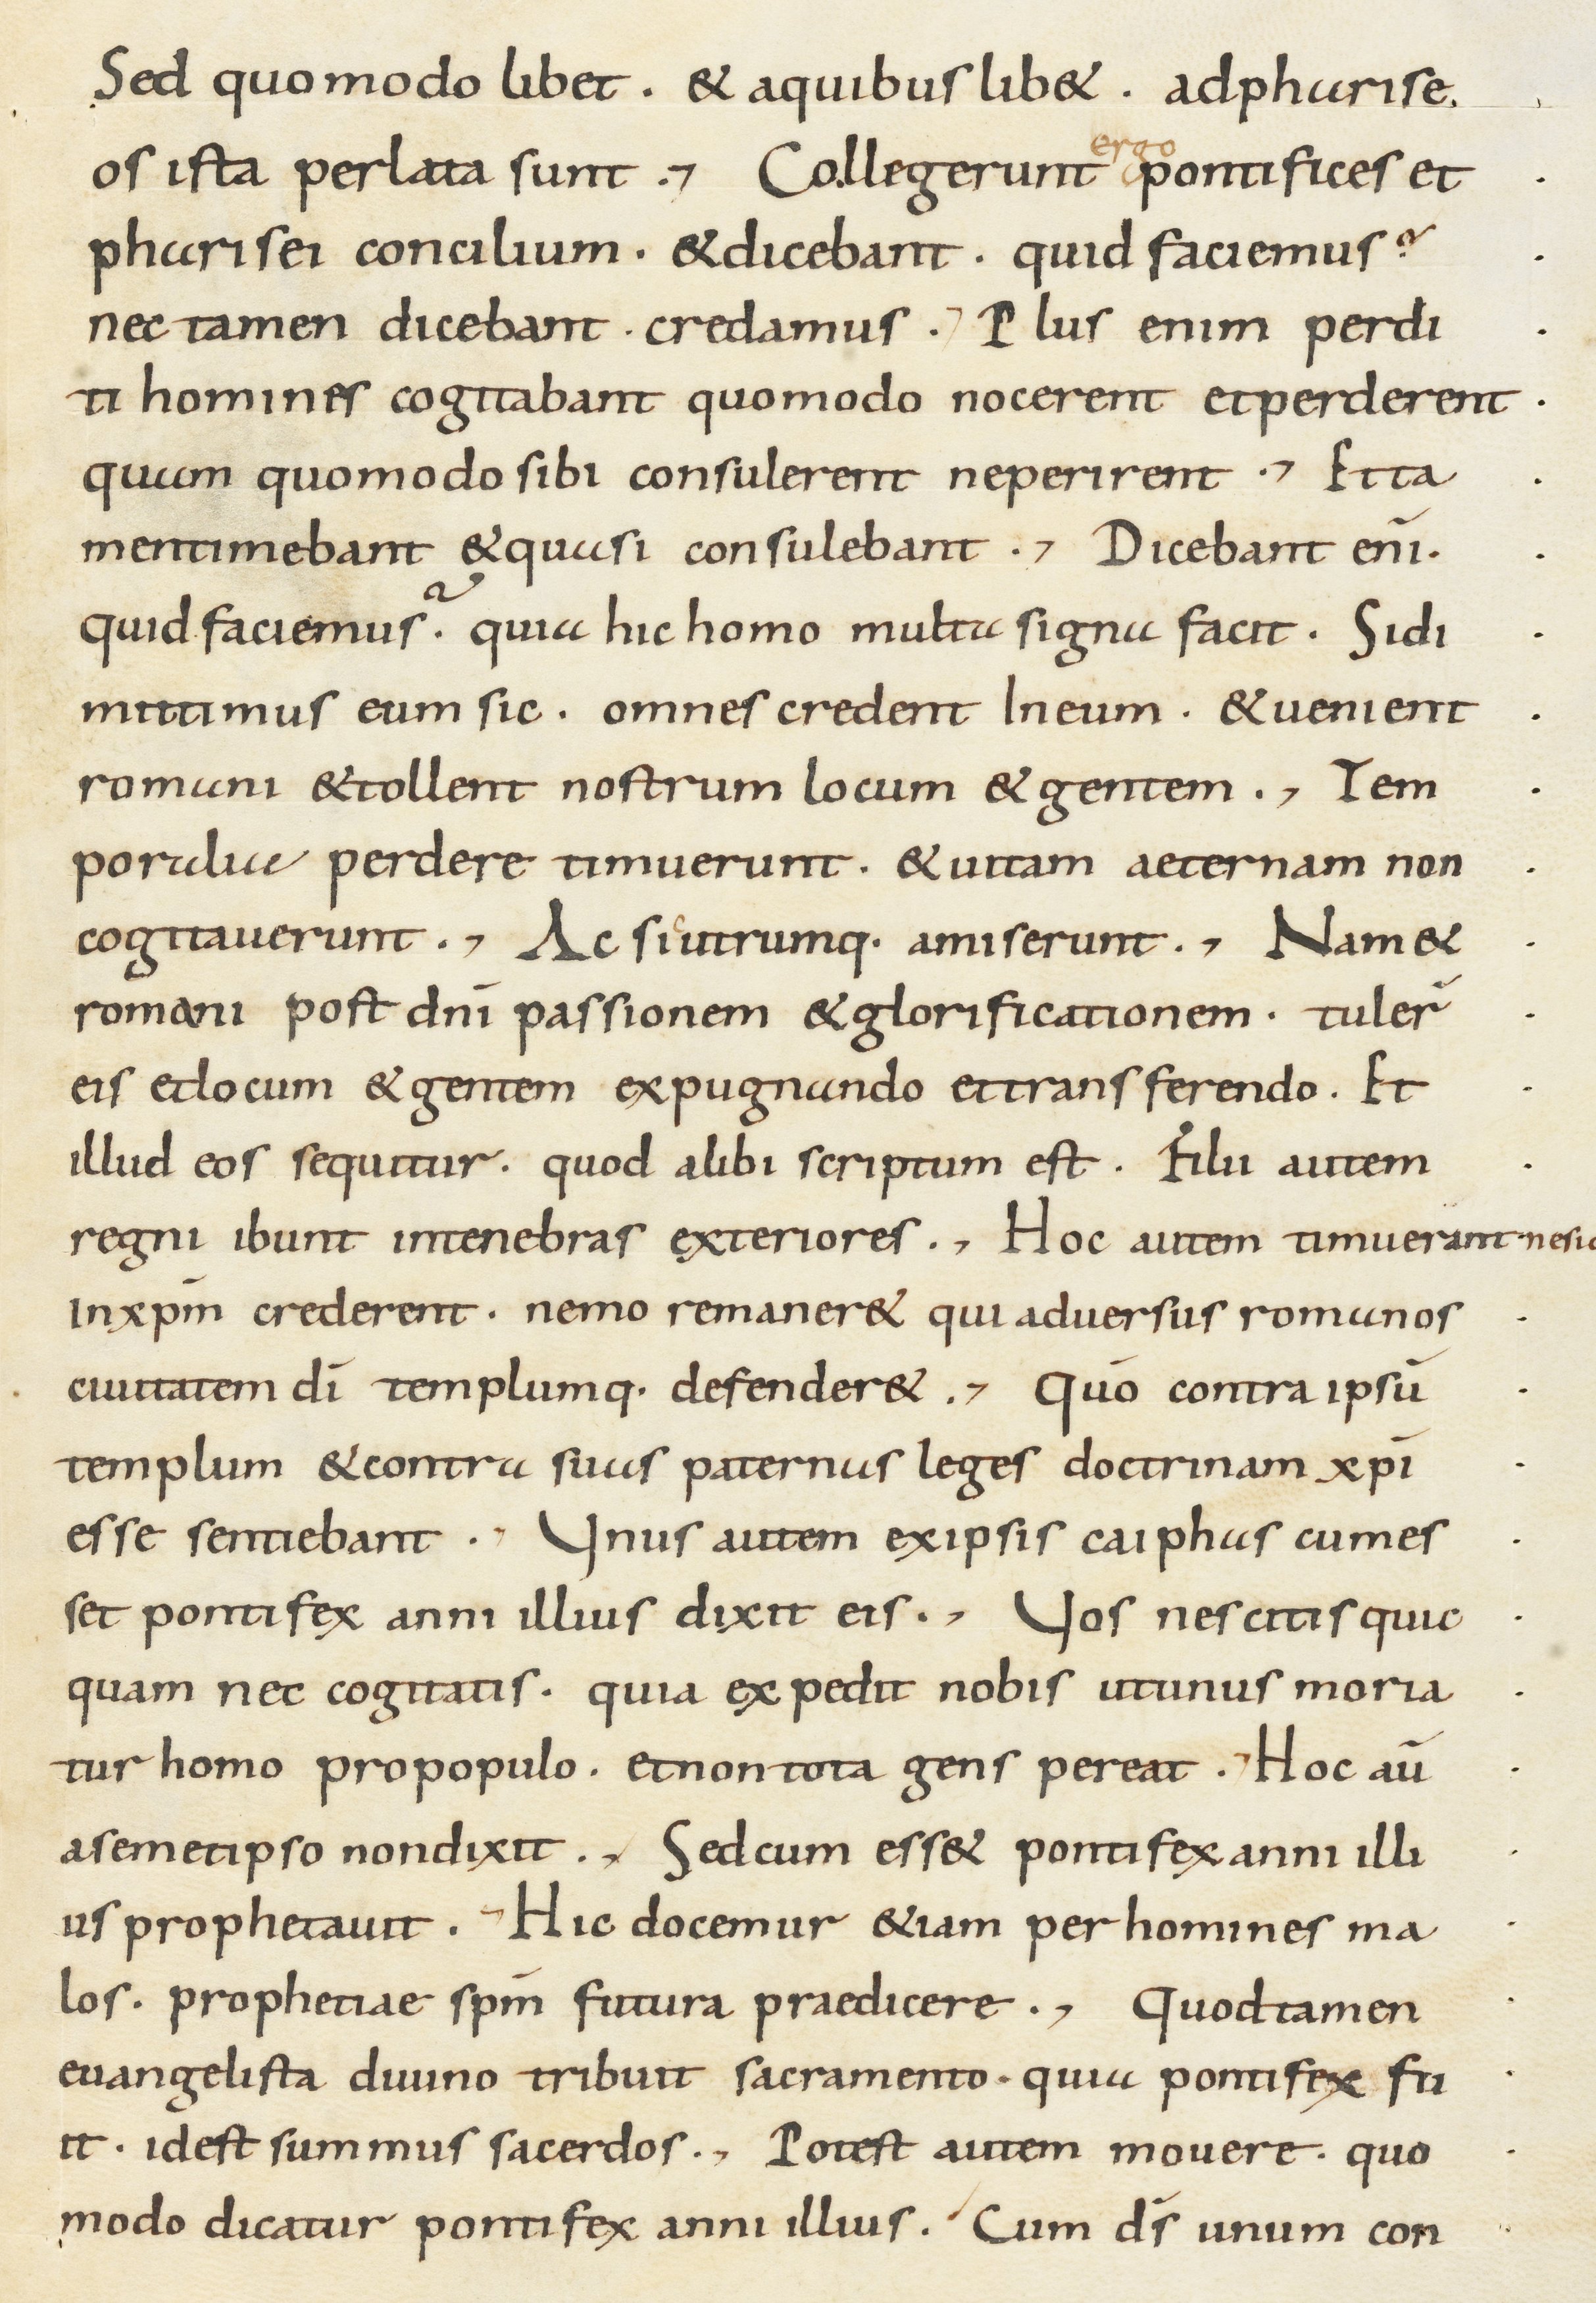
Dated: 800–899